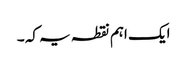
ایک اہم نقطہ یہ کہ ۔